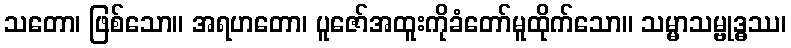
သတော၊ ဖြစ်သော။ အရဟတော၊ ပူဇော်အထူးကိုခံတော်မူထိုက်သော။ သမ္မာသမ္ဗုဒ္ဓဿ၊